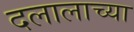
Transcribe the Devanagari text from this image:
दलालाच्या